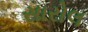
સારોલ